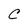
Character: C